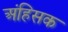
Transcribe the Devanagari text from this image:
अंहिसक